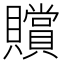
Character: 贘